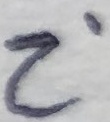
Text: Z'